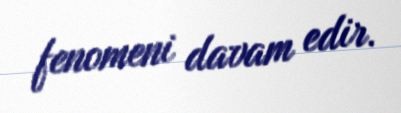
fenomeni davam edir.